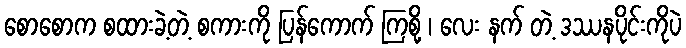
စောစောက စထားခဲ့တဲ့ စကားကို ပြန်ကောက် ကြစို့ ၊ လေး နက် တဲ့ ဒဿနပိုင်းကိုပဲ